Indian Civil Veterinary Department memoirs
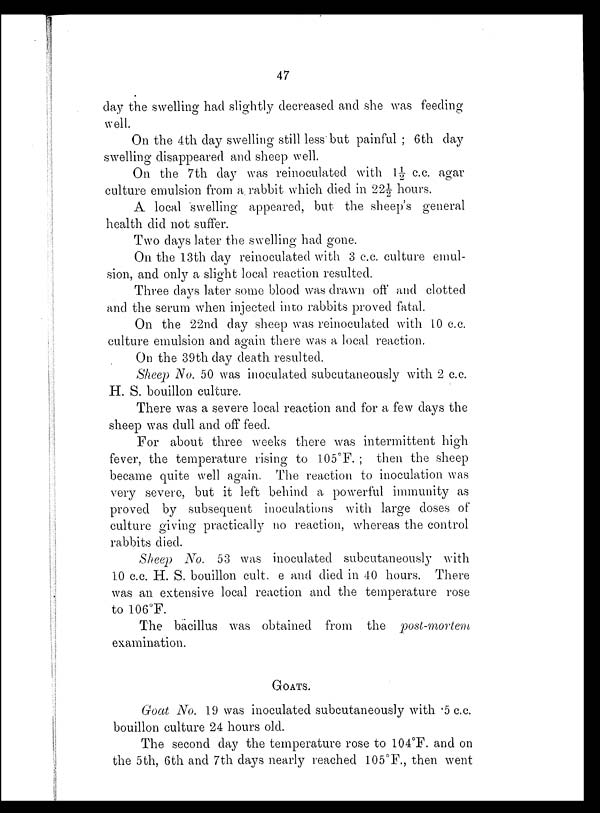
47
day the swelling had slightly decreased and she was feeding
well.
On the 4th day swelling still less but painful ; 6th day
swelling disappeared and sheep well.
On the 7th day was reinoculated with 1½ c.c. agar
culture emulsion from a. rabbit which died in 22½ hours.
A local swelling appeared, but the sheep's general
health did not suffer.
Two days later the swelling had gone.
On the 13th day reinoculated with 3 c.c. culture emul-
sion, and only a slight local reaction resulted.
Three days later some blood was drawn off and clotted
and the serum when injected into rabbits proved fatal.
On the 22nd day sheep was reinoculated with 10 c.c.
culture emulsion and again there was a local reaction.
On the 39th day death resulted.
Sheep No. 50 was inoculated subcutaneously with 2 c.c.
H. S. bouillon culture.
There was a severe local reaction and for a few days the
sheep was dull and off feed.
For about three weeks there was intermittent high
fever, the temperature rising to 105°F. ; then the sheep
became quite well again. The reaction to inoculation was
very severe, but it left behind a powerful immunity as
proved by subsequent inoculations with large doses of
culture giving practically no reaction, whereas the control
rabbits died.
Sheep No. 53 was inoculated subcutaneously with
10 c.c. H. S. bouillon cult e and died in 40 hours. There
was an extensive local reaction and the temperature rose
to 106°F.
The bacillus was obtained from the
post-mortem
examination.
GOATS.
Goat No. 19 was inoculated subcutaneously with .5 c.c.
bouillon culture 24 hours old.
The second day the temperature rose to 104°F. and on
the 5th, 6th and 7th days nearly reached 105°F., then went